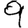
Digit: 9